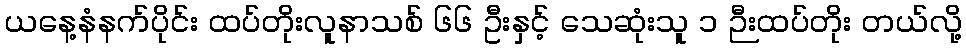
ယနေ့နံနက်ပိုင်း ထပ်တိုးလူနာသစ် ၆၆ ဦးနှင့် သေဆုံးသူ ၁ ဉီးထပ်တိုး တယ်လို့